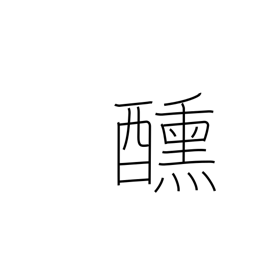
Meaning: hunger